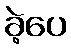
ခဲ့ပေ